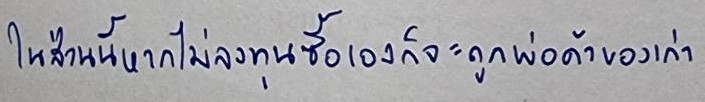
ในส่วนนี้หากไม่ลงทุนซื้อเองก็จะถูกพ่อค้าของเก่า